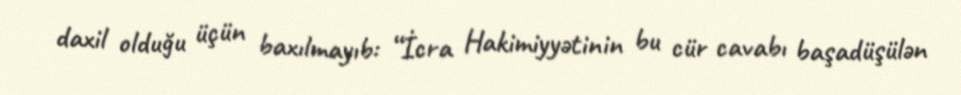
daxil olduğu üçün baxılmayıb: “İcra Hakimiyyətinin bu cür cavabı başadüşülən